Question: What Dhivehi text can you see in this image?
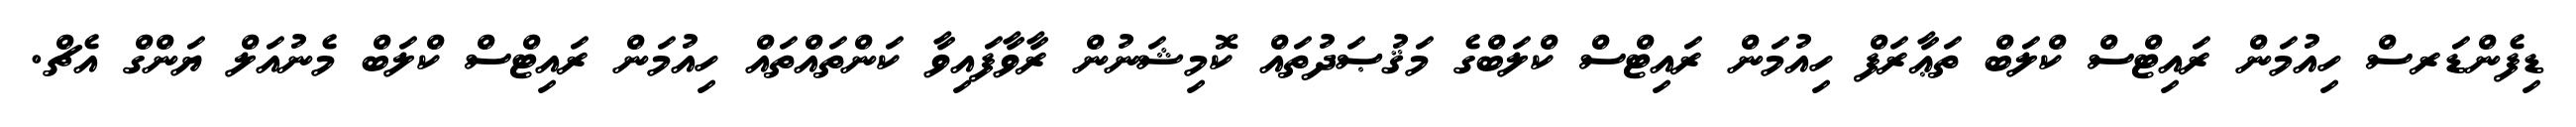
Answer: ޑިފެންޑަރސް ހިއުމަން ރައިޓްސް ކްލަބް ތަޢާރަފް ހިއުމަން ރައިޓްސް ކްލަބްގެ މަޤުޞަދުތައް ކޮމިޝަނުން ރާވާފައިވާ ކަންތައްތައް ހިއުމަން ރައިޓްސް ކްލަބް މެނުއަލް ޔަންގް އެޗް.